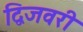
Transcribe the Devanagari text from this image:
द्विजवरी